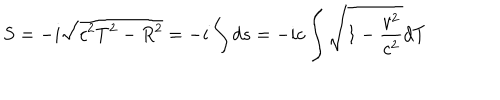
S = - i \sqrt { c ^ { 2 } T ^ { 2 } - R ^ { 2 } } = - i \int d s = - i c \int \sqrt { 1 - \frac { v ^ { 2 } } { c ^ { 2 } } } d T